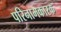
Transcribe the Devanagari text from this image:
परिनामकारक